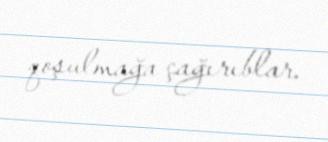
qoşulmağa çağırıblar.